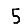
Digit: 5